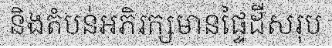
និងតំបន់អភិរក្សមានផ្ទៃដីសរុប